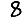
Digit: 8